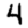
Digit: 4